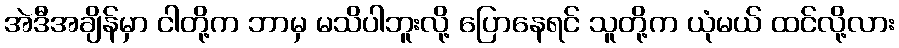
အဲဒီအချိန်မှာ ငါတို့က ဘာမှ မသိပါဘူးလို့ ပြောနေရင် သူတို့က ယုံမယ် ထင်လို့လား